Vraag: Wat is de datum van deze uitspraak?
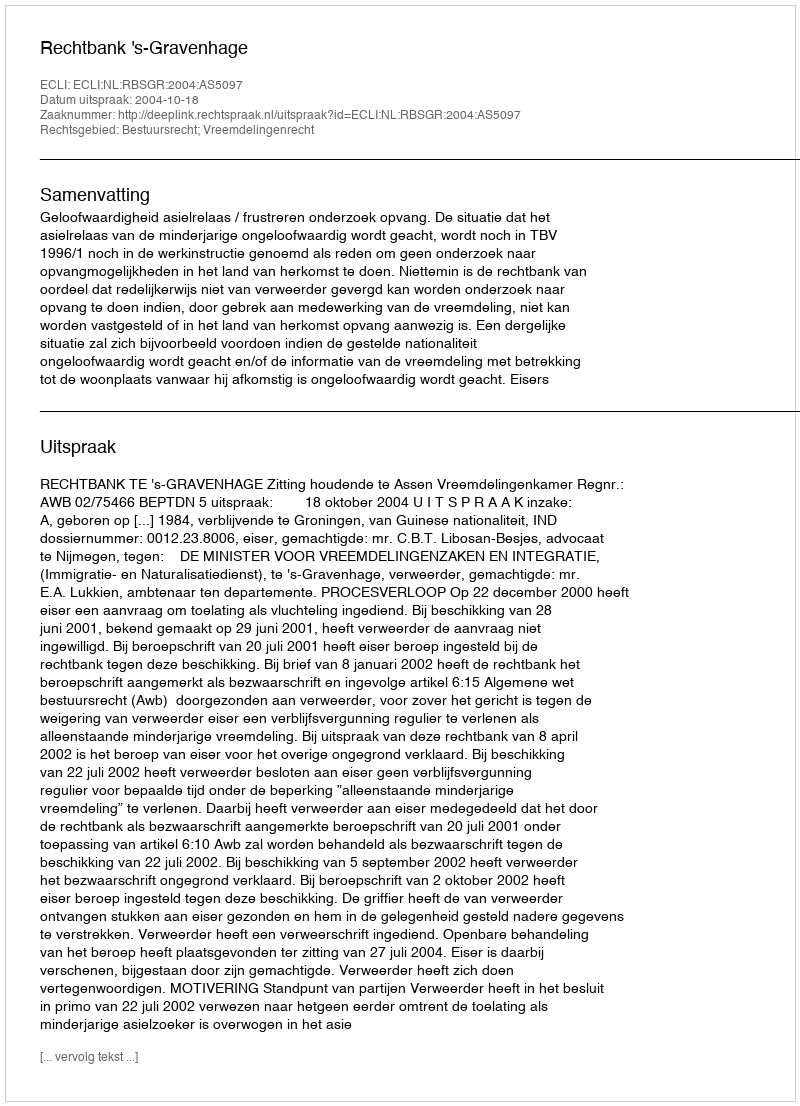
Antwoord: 2004-10-18